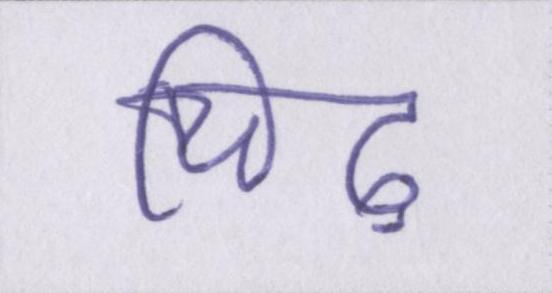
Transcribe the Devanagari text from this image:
चिढ़